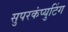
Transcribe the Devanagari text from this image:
सुपरकंप्युटिंग